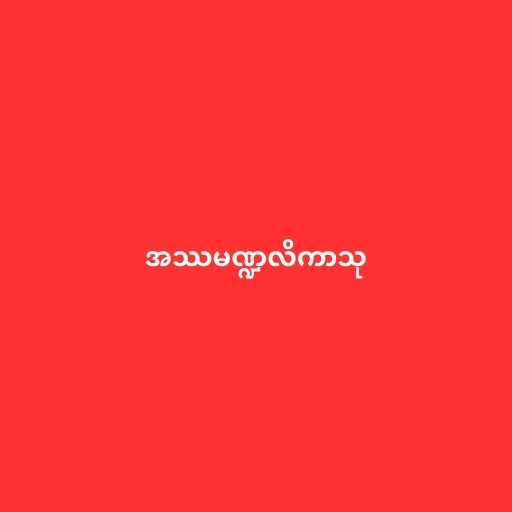
အဿမဏ္ဍလိကာသု